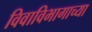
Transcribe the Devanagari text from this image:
विवाविभागाच्या